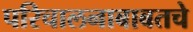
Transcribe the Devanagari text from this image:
परिचालनाबाबतचे